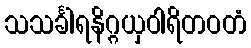
သသင်္ခါရနိဂ္ဂယှဝါရိတဝတံ